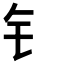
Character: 钅